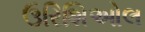
ઉરિશિઓલ